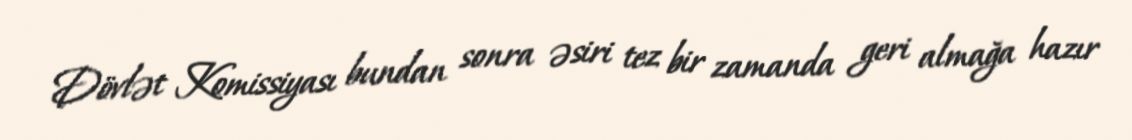
Dövlət Komissiyası bundan sonra əsiri tez bir zamanda geri almağa hazır